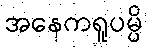
အနေကရူပမ္ပိ